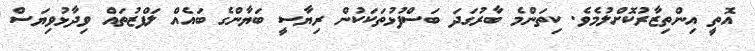
އޮތީ އިންތިޒާރުކޮށްލުމެވެ. ކިތަންމެ ބާރުގަދަ ބަސްފުޅުތަކަކުން ރިޔާސީ ބަޔާންގެ ބައެއް ލަފްޒުތައް ވިދާޅުވިޔަސް